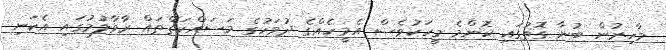
މާހިރުން ބުނާ ގޮތުގައި ކޮންމެ މީހަކުވެސް އެމީހެއްގެ ދުވަހުގެ މަސައްކަތްތައް ރާވާލުމުގައި އެކަނި